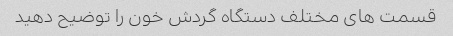
قسمت های مختلف دستگاه گردش خون را توضیح دهید